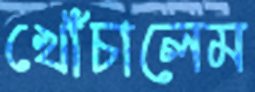
খোঁচালেম